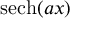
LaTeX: \operatorname { s e c h } ( a x )